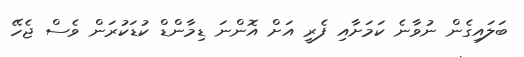
ބަލައިގެން ނުވާނެ ކަމަށާއި ފެރީ އަށް އޮންނަ ޑިމާންޑް ކުޑަކުރަން ވެސް ޖެހޭ